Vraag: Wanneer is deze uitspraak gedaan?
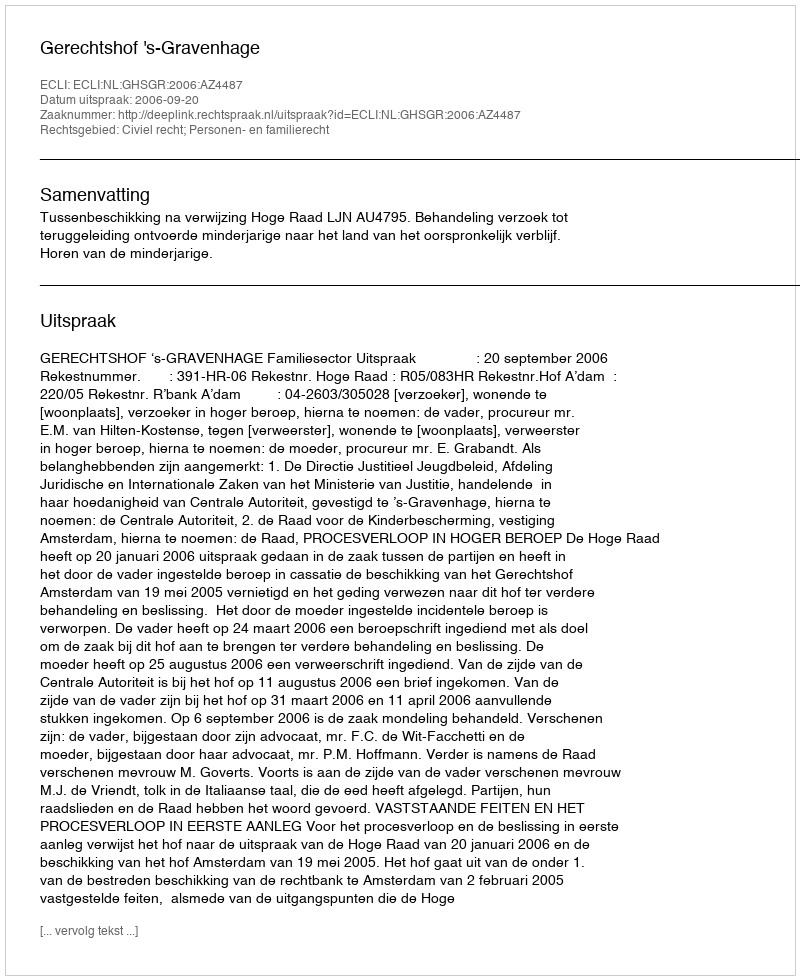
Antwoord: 2006-09-20